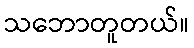
သဘောတူတယ်။